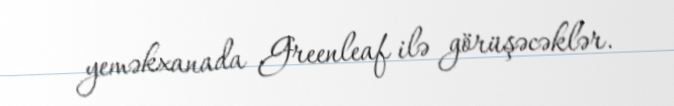
yeməkxanada Greenleaf ilə görüşəcəklər.